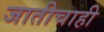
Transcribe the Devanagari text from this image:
जातीचाही